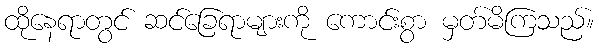
ထိုနေရာတွင် ဆင်ခြေရာများကို ကောင်းစွာ မှတ်မိကြသည်။